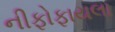
નીફોફાયલા